Report of the Indian Hemp Drugs Commission, 1894-1895 - Volume V
Year: 1894
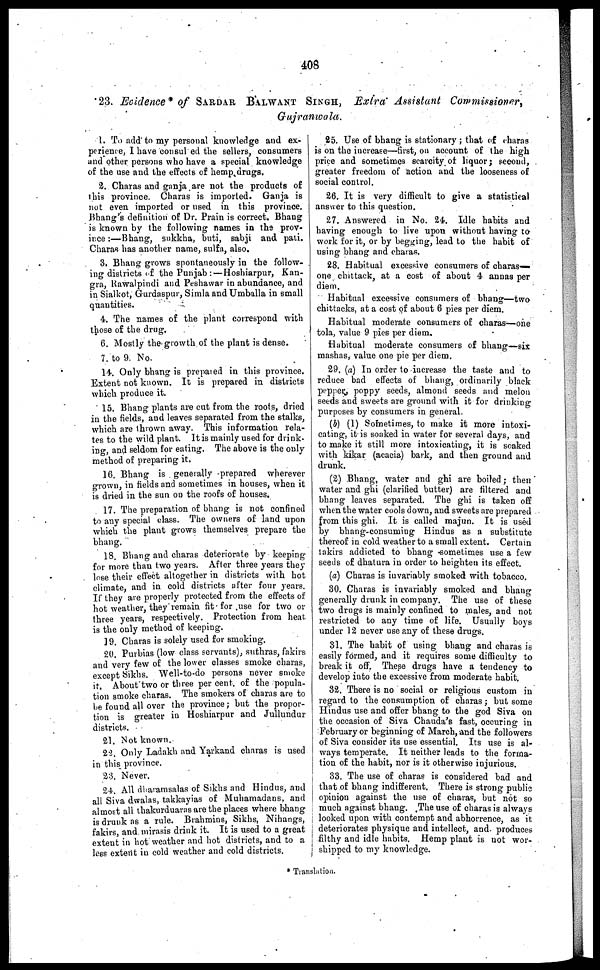
408
23. Evidence* of SARDAR BALWANT SINGH , Extra Assistant Commissioner,
Gujranwala.
1. To add to my personal knowledge and ex-
perience, I have consul ed the sellers, consumers
and other persons who have a special knowledge
of the use and the effects of hemp, drugs.
2. Charas and ganja are not the products of
this province. Charas is imported. Ganja is
not even imported or used in this province.
Bhang's definition of Dr. Prain is correct. Bhang
is known by the following names in the prov-
ince:—Bhang, sukkha, buti, sabji and pati.
Charas has another name, sulfa, also.
3. Bhang grows spontaneously in the follow-
ing districts of the Punjab:— Hoshiarpur, Kan-
gra, Rawalpindi and Peshawar in abundance, and
in Sialkot, Gurdaspur, Simla and Umballa in small
quantities.
4. The names of the plant correspond with
those of the drug.
6. Mostly the growth of the plant is dense.
7. to 9. No.
14. Only bhang is prepared in this province.
Extent not known. It is prepared in districts
which produce it.
15. Bhang plants are cut from the roots, dried
in the fields, and leaves separated from the stalks,
which are thrown away. This information rela-
tes to the wild plant. It is mainly used for drink-
ing, and seldom for eating. The above is the only
method of preparing it.
16. Bhang is generally -prepared wherever
grown, in fields and sometimes in houses, when it
is dried in the sun on the roofs of houses.
17. The preparation of bhang is not confined
to any special class. The owners of land upon
which the plant grows themselves prepare the
bhang.
18. Bhang and charas deteriorate by keeping
for more than two years. After three years they
lose their effect altogether in districts with hot
climate, and in cold districts after four years.
If they are properly protected from the effects of
hot weather, they remain fit for use for two or
three years, respectively. Protection from heat
is the only method of keeping.
19. Charas is solely used for smoking.
20. Purbias (low class servants), suthras, fakirs
and very few of the lower classes smoke charas,
except Sikhs. Well-to-do persons never smoke
it. About two or three per cent. of the popula-
tion smoke charas. The smokers of charas are to
he found alt over the province; but the propor-
tion is greater in Hoshiarpur and Jullundur
districts.
21. Not known.
22. Only Ladakh and Yarkand charas is used
in this province.
23. Never.
24. All dharamsalas of Sikhs and Hindus, and
all Siva dwalas, takkayias of Muhamadans, and
almost all thakurduaras are the places where bhang
is drunk as a rule. Brahmins, Sikhs, Nihangs,
fakirs, and mirasis drink it. It is used to a great
extent in hot weather and hot districts, and to a
less extent in cold weather and cold districts.
25. Use of bhang is stationary; that of charas
is on the increase—first, on account of the high
price and sometimes scarcity of liquor; second,
greater freedom of action and the looseness of
social control.
26. It is very difficult to give a statistical
answer to this question.
27. Answered in No. 24. Idle habits and
having enough to live upon without having to
work for it, or by begging, lead to the habit of
using bhang and charas.
28. Habitual excessive consumers of charas—
one chittack, at a cost of about 4 annas per
diem.
Habitual excessive consumers of bhang—two
chittacks, at a cost of about 6 pies per diem.
Habitual moderate consumers of charas—one
tola, value 9 pies per diem.
Habitual moderate consumers of bhang—six
mashas, value one pie per diem.
29. (a) In order to increase the taste and to
reduce bad effects of bhang, ordinarily black
pepper, poppy seeds, almond seeds and melon
seeds and sweets are ground with it for drinking
purposes by consumers in general.
(b) (1) Sometimes, to make it more intoxi-
cating, it is soaked in water for several days, and
to make it still more intoxicating, it is soaked
with kikar (acacia) bark, and then ground and
drunk.
(2) Bhang, water and ghi are boiled; then
water and ghi (clarified butter) are filtered and
bhang leaves separated. The ghi is taken off
when the water cools down, and sweets are prepared
from this ghi. It is called majun. It is used
by bhang-consuming Hindus as a substitute
thereof in cold weather to a small extent. Certain
takirs addicted to bhang sometimes use a few
seeds of dhatura in order to heighten its effect.
(a) Charas is invariably smoked with tobacco.
30. Charas is invariably smoked and bhang-
generally drunk in company. The use of these
two drugs is mainly confined to males, and not
restricted to any time of life. Usually boys
under 12 never use any of these drugs.
31. The habit of using bhang and charas is
easily formed, and it requires some difficulty to
break it off. These drugs have a tendency to
develop into the excessive from moderate habit.
32. There is no social or religious custom in
regard to the consumption of charas; but some
Hindus use and offer bhang to the god Siva on
the occasion of Siva Chauda's fast, occuring in
February or beginning of March, and the followers
of Siva consider its use essential. Its use is al-
ways temperate. It neither leads to the forma-
tion of the habit, nor is it otherwise injurious.
33. The use of charas is considered bad and
that of bhang indifferent. There is strong public
opinion against the use of charas, but not so
much against bhang. The use of charas is always
looked upon with contempt and abhorrence, as it
deteriorates physique and intellect, and. produces
filthy and idle habits. Hemp plant is not wor-
shipped to my knowledge.
Translation.